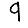
Digit: 9